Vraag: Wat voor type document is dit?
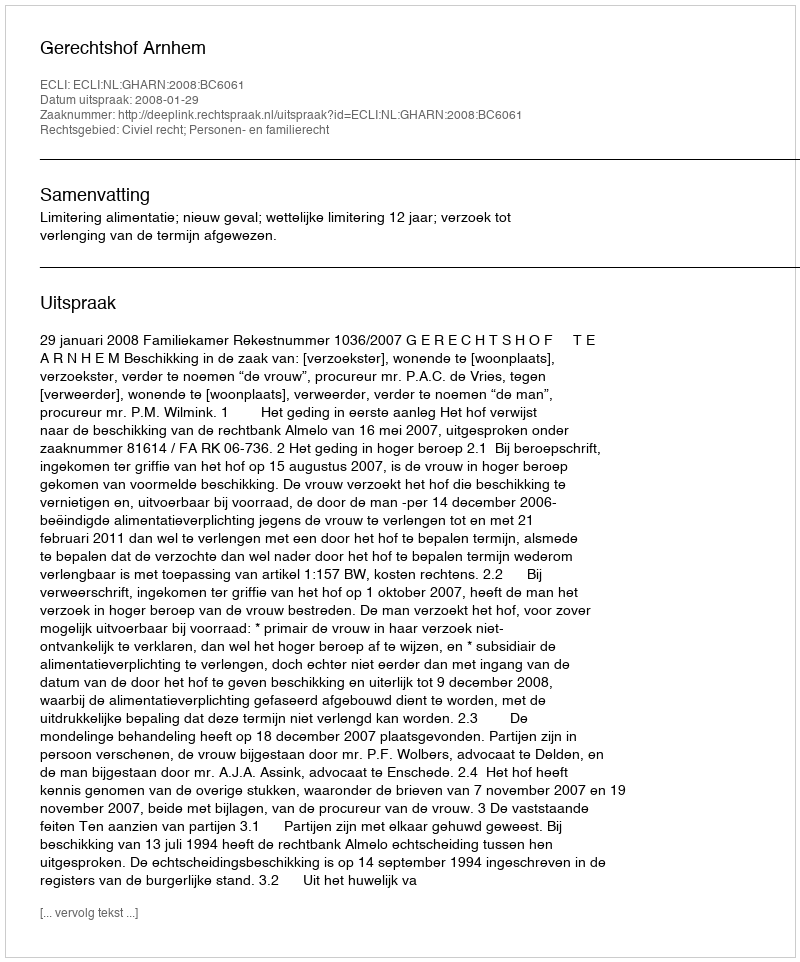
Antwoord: Uitspraak